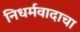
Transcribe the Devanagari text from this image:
निधर्मवादाचा